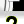
Digit: 2